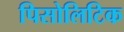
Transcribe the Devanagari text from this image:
पिसोलिटिक